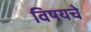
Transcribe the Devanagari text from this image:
विषयचे